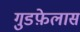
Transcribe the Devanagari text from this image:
गुडफ़ेलास